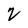
Character: 8